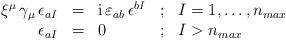
LaTeX: \begin{align*}\begin{array}{rclcl}\xi^\mu \, \gamma_\mu \,\epsilon_{aI} &=& \mbox{\rm i}\,\varepsilon_{ab}\, \epsilon^{bI} & ; & I=1,\dots,n_{max}\\\epsilon_{aI} &=& 0 &;& I > n_{max} \\\end{array}\end{align*}